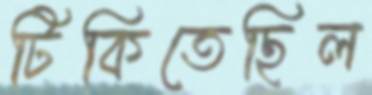
টিকিতেছিল